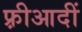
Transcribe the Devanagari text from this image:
फ़्रीआदीं